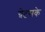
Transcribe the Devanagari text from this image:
ग्रेटसके